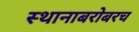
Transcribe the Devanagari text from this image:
स्थानाबरोबरच